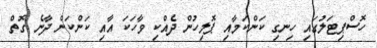
ހޮސްޕިޓަލުގައި ހިނގި ކަންކަމާއި ޕޮލިހުން ދެއްކި ވާހަކަ އާއި ކަންކަން ދާނެ ގޮތް